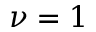
\nu = 1